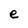
Character: e